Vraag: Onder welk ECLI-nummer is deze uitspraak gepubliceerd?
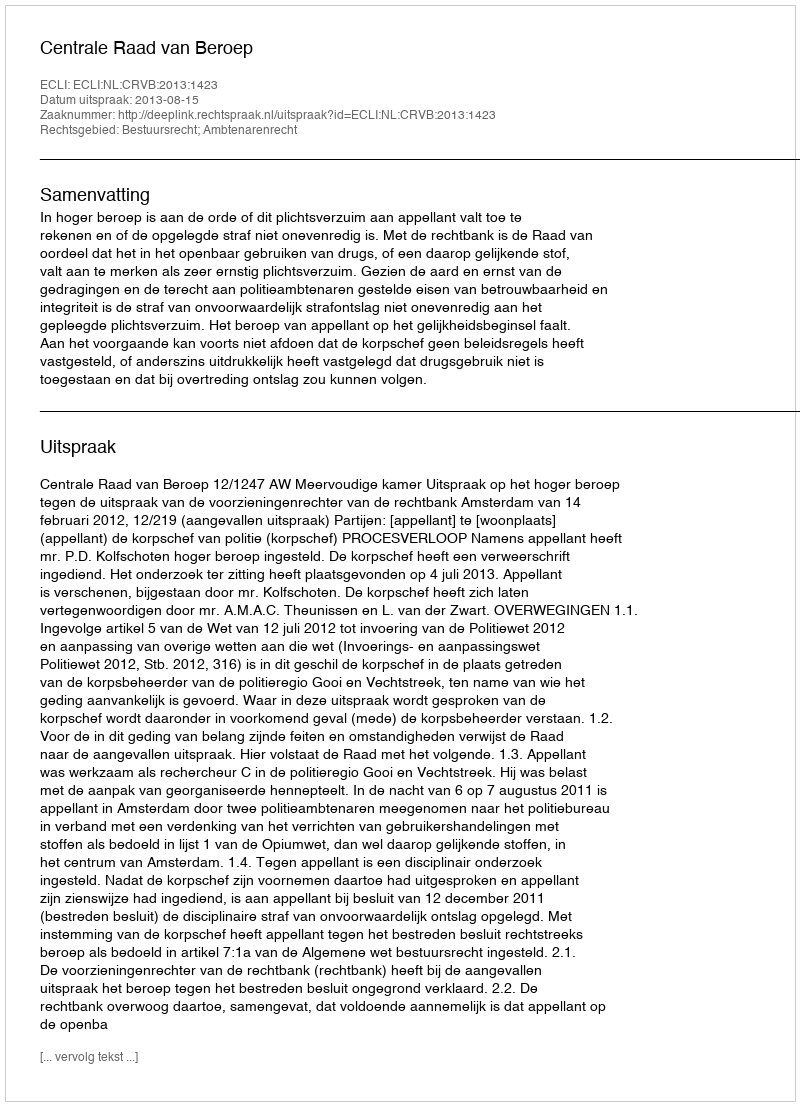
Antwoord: ECLI:NL:CRVB:2013:1423